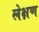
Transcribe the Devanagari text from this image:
लेक्षण